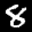
Label: 8